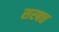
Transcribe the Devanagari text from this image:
सरबत्त